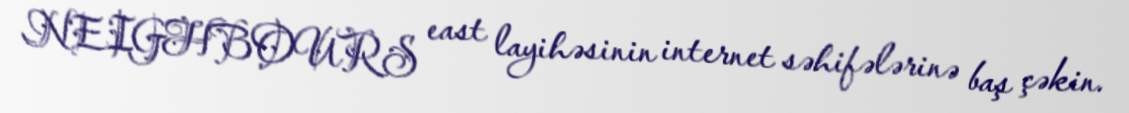
NEIGHBOURS east layihəsinin internet səhifələrinə baş çəkin.